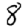
Digit: 8